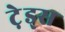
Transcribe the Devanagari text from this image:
टे़ड्स